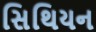
સિથિયન